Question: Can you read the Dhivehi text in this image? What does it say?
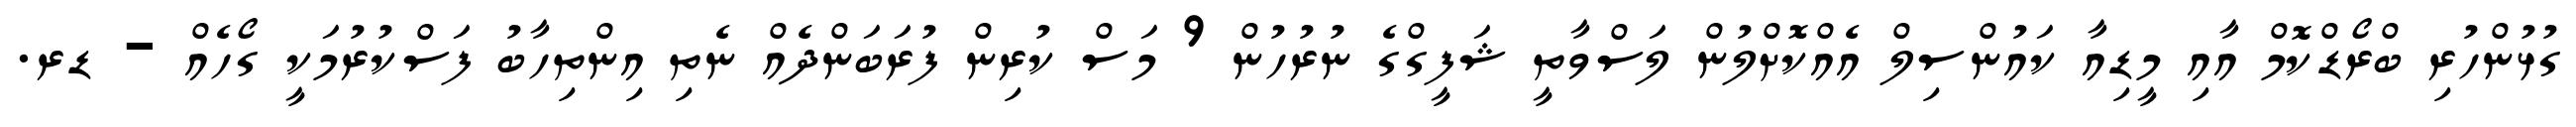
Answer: ގުޅުންހުރި ބްރޯޑްކޮމް އާއި މީޑިއާ ކައުންސިލް އެއްކޮށްލުން ލަސްވާތީ ޝަފީގްގެ ނުރުހުން 9 މަސް ކުރިން ފުރަބަންދެއް ނެތި އިންތިހާބު ފަސްކުރުމަކީ ގޯހެއް - ޑރ.